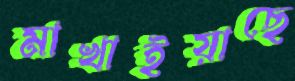
মাখাইয়াছে